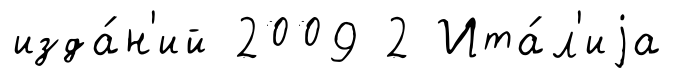
изда́н'ий 2009 2 Ита́л'иjа